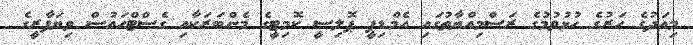
މިއަދުގެ ހަރުގެ ހުޅުވުމުގެ ރަސްމިއްޔާތުގައި އެމްޑިޕީ ޕޮލިސީ ކޮމިޓީގެ މެންބަރަކާއި ގެސްޓްހައުސް ވިޔަފާރީގެ